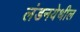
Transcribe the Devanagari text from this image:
लंडनयेथील